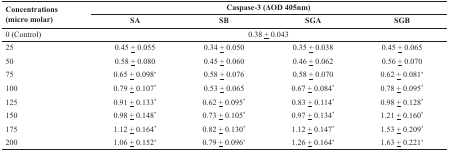
<table><thead><tr><td rowspan="2"><b>Concentrations(micro molar)</b></td><td colspan="4"><b>Caspase-3 (ΔOD 405nm)</b></td></tr><tr><td><b>SA</b></td><td><b>SB</b></td><td><b>SGA</b></td><td><b>SGB</b></td></tr><tr><td><b>0 (Control)</b></td><td colspan="4"><b>0.38 <underline>+</underline> 0.043</b></td></tr></thead><tbody><tr><td>25</td><td>0.45 <underline>+</underline> 0.055</td><td>0.34 <underline>+</underline> 0.050</td><td>0.35 <underline>+</underline> 0.038</td><td>0.45 <underline>+</underline> 0.065</td></tr><tr><td>50</td><td>0.58 <underline>+</underline> 0.080</td><td>0.45 <underline>+</underline> 0.060</td><td>0.46 <underline>+</underline> 0.062</td><td>0.56 <underline>+</underline> 0.070</td></tr><tr><td>75</td><td>0.65 <underline>+</underline> 0.098<sup>*</sup></td><td>0.58 <underline>+</underline> 0.076</td><td>0.58 <underline>+</underline> 0.070</td><td>0.62 <underline>+</underline> 0.081<sup>*</sup></td></tr><tr><td>100</td><td>0.79 <underline>+</underline> 0.107<sup>*</sup></td><td>0.53 <underline>+</underline> 0.065</td><td>0.67 <underline>+</underline> 0.084<sup>*</sup></td><td>0.78 <underline>+</underline> 0.095<sup>*</sup></td></tr><tr><td>125</td><td>0.91 <underline>+</underline> 0.133<sup>*</sup></td><td>0.62 <underline>+</underline> 0.095<sup>*</sup></td><td>0.83 <underline>+</underline> 0.114<sup>*</sup></td><td>0.98 <underline>+</underline> 0.128<sup>*</sup></td></tr><tr><td>150</td><td>0.98 <underline>+</underline> 0.148<sup>*</sup></td><td>0.73 <underline>+</underline> 0.105<sup>*</sup></td><td>0.97 <underline>+</underline> 0.134<sup>*</sup></td><td>1.21 <underline>+</underline> 0.160<sup>*</sup></td></tr><tr><td>175</td><td>1.12 <underline>+</underline> 0.164<sup>*</sup></td><td>0.82 <underline>+</underline> 0.130<sup>*</sup></td><td>1.12 <underline>+</underline> 0.147<sup>*</sup></td><td>1.53 <underline>+</underline> 0.209<sup>*</sup></td></tr><tr><td>200</td><td>1.06 <underline>+</underline> 0.152<sup>*</sup></td><td>0.79 <underline>+</underline> 0.096<sup>*</sup></td><td>1.26 <underline>+</underline> 0.164<sup>*</sup></td><td>1.63 <underline>+</underline> 0.221<sup>*</sup></td></tr></tbody></table>